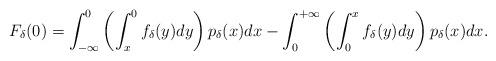
LaTeX: \begin{align*}F_\delta(0)= \int_{-\infty}^0 \left(\int_x^0 f_\delta(y)dy\right) p_\delta(x)dx - \int_0^{+\infty} \left(\int_0^{x}f_\delta(y)dy\right) p_\delta(x)dx. \end{align*}